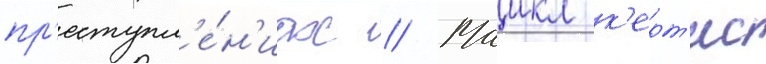
пр'еступл'е́н'иах // Маикл к'ерт'ис